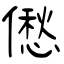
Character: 僽